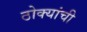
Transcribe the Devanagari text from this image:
ठोक्यांची